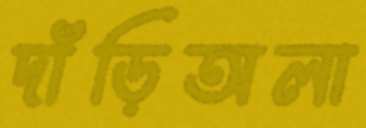
দাঁড়িঅলা